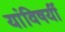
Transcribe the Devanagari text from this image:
यांविषयीं